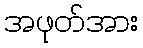
အဖုတ်အား